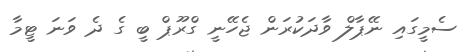
ސެމީގައި ނޭޕާލް ވާދަކުރަން ޖެހޭނީ ގްރޫޕް ބީ ގެ ދެ ވަނަ ޓީމާ